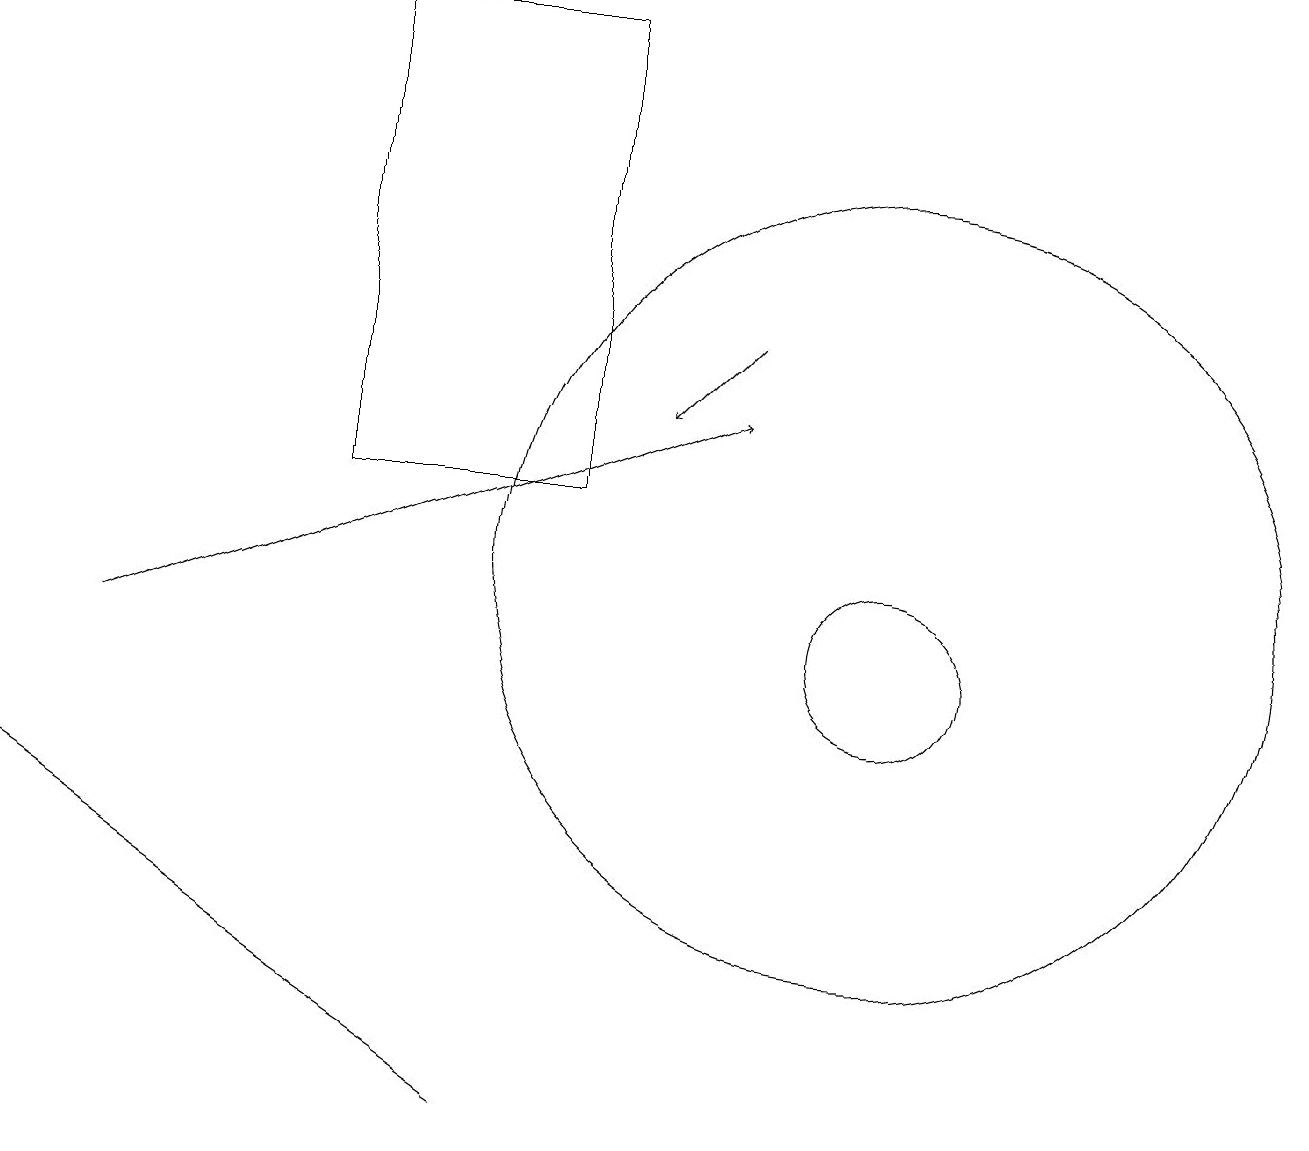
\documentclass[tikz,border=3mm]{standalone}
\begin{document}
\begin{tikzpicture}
\draw (11,10) circle (1);
\draw[->] (9,14) -- (8,13);
\draw (7,18) rectangle (4,12);
\draw (0,8) -- (6,4) -- (3,6) -- cycle;
\draw[->] (1,10) -- (9,13);
\draw (11,10) circle (0);
\draw (11,11) circle (5);
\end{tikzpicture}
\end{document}